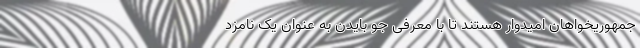
جمهوریخواهان امیدوار هستند تا با معرفی جو بایدن به عنوان یک نامزد